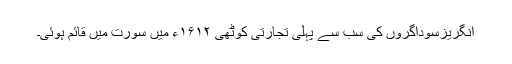
انگریزسوداگروں کی سب سے پہلی تجارتی کوٹھی ۱۶۱۲ء میں سورت میں قائم ہوئی۔